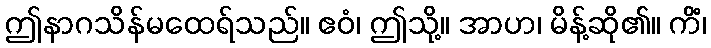
ဤနာဂသိန်မထေရ်သည်။ ဧဝံ၊ ဤသို့။ အာဟ၊ မိန့်ဆို၏။ ကိံ၊